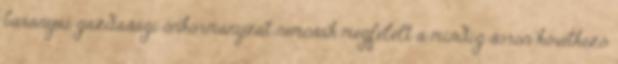
baranyai gazdasági önkormányzat nemcsak megfelelt a mindig soron következô